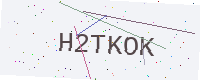
Text: H2TKOK